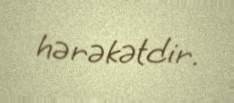
hərəkətdir.